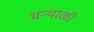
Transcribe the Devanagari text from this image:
मन्याळी